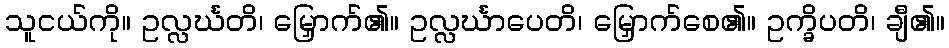
သူငယ်ကို။ ဥလ္လင်္ဃတိ၊ မြှောက်၏။ ဥလ္လင်္ဃာပေတိ၊ မြှောက်စေ၏။ ဥက္ခိပတိ၊ ချီ၏။